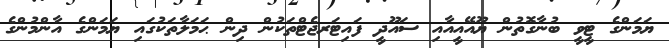
ޔަމަންގެ ޓީވީ ބުނާގޮތުން ޔޫއޭއީއާއި ސައޫދީ ފައިޓަރޖެޓްތަކުން ދިން ޙަމަލާތަކުގައި ޔަމަންގެ އާންމުންގެ